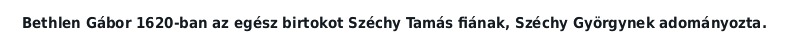
Bethlen Gábor 1620-ban az egész birtokot Széchy Tamás fiának, Széchy Györgynek adományozta.